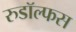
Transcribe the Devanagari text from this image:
रुडॉल्फस